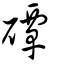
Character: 磹